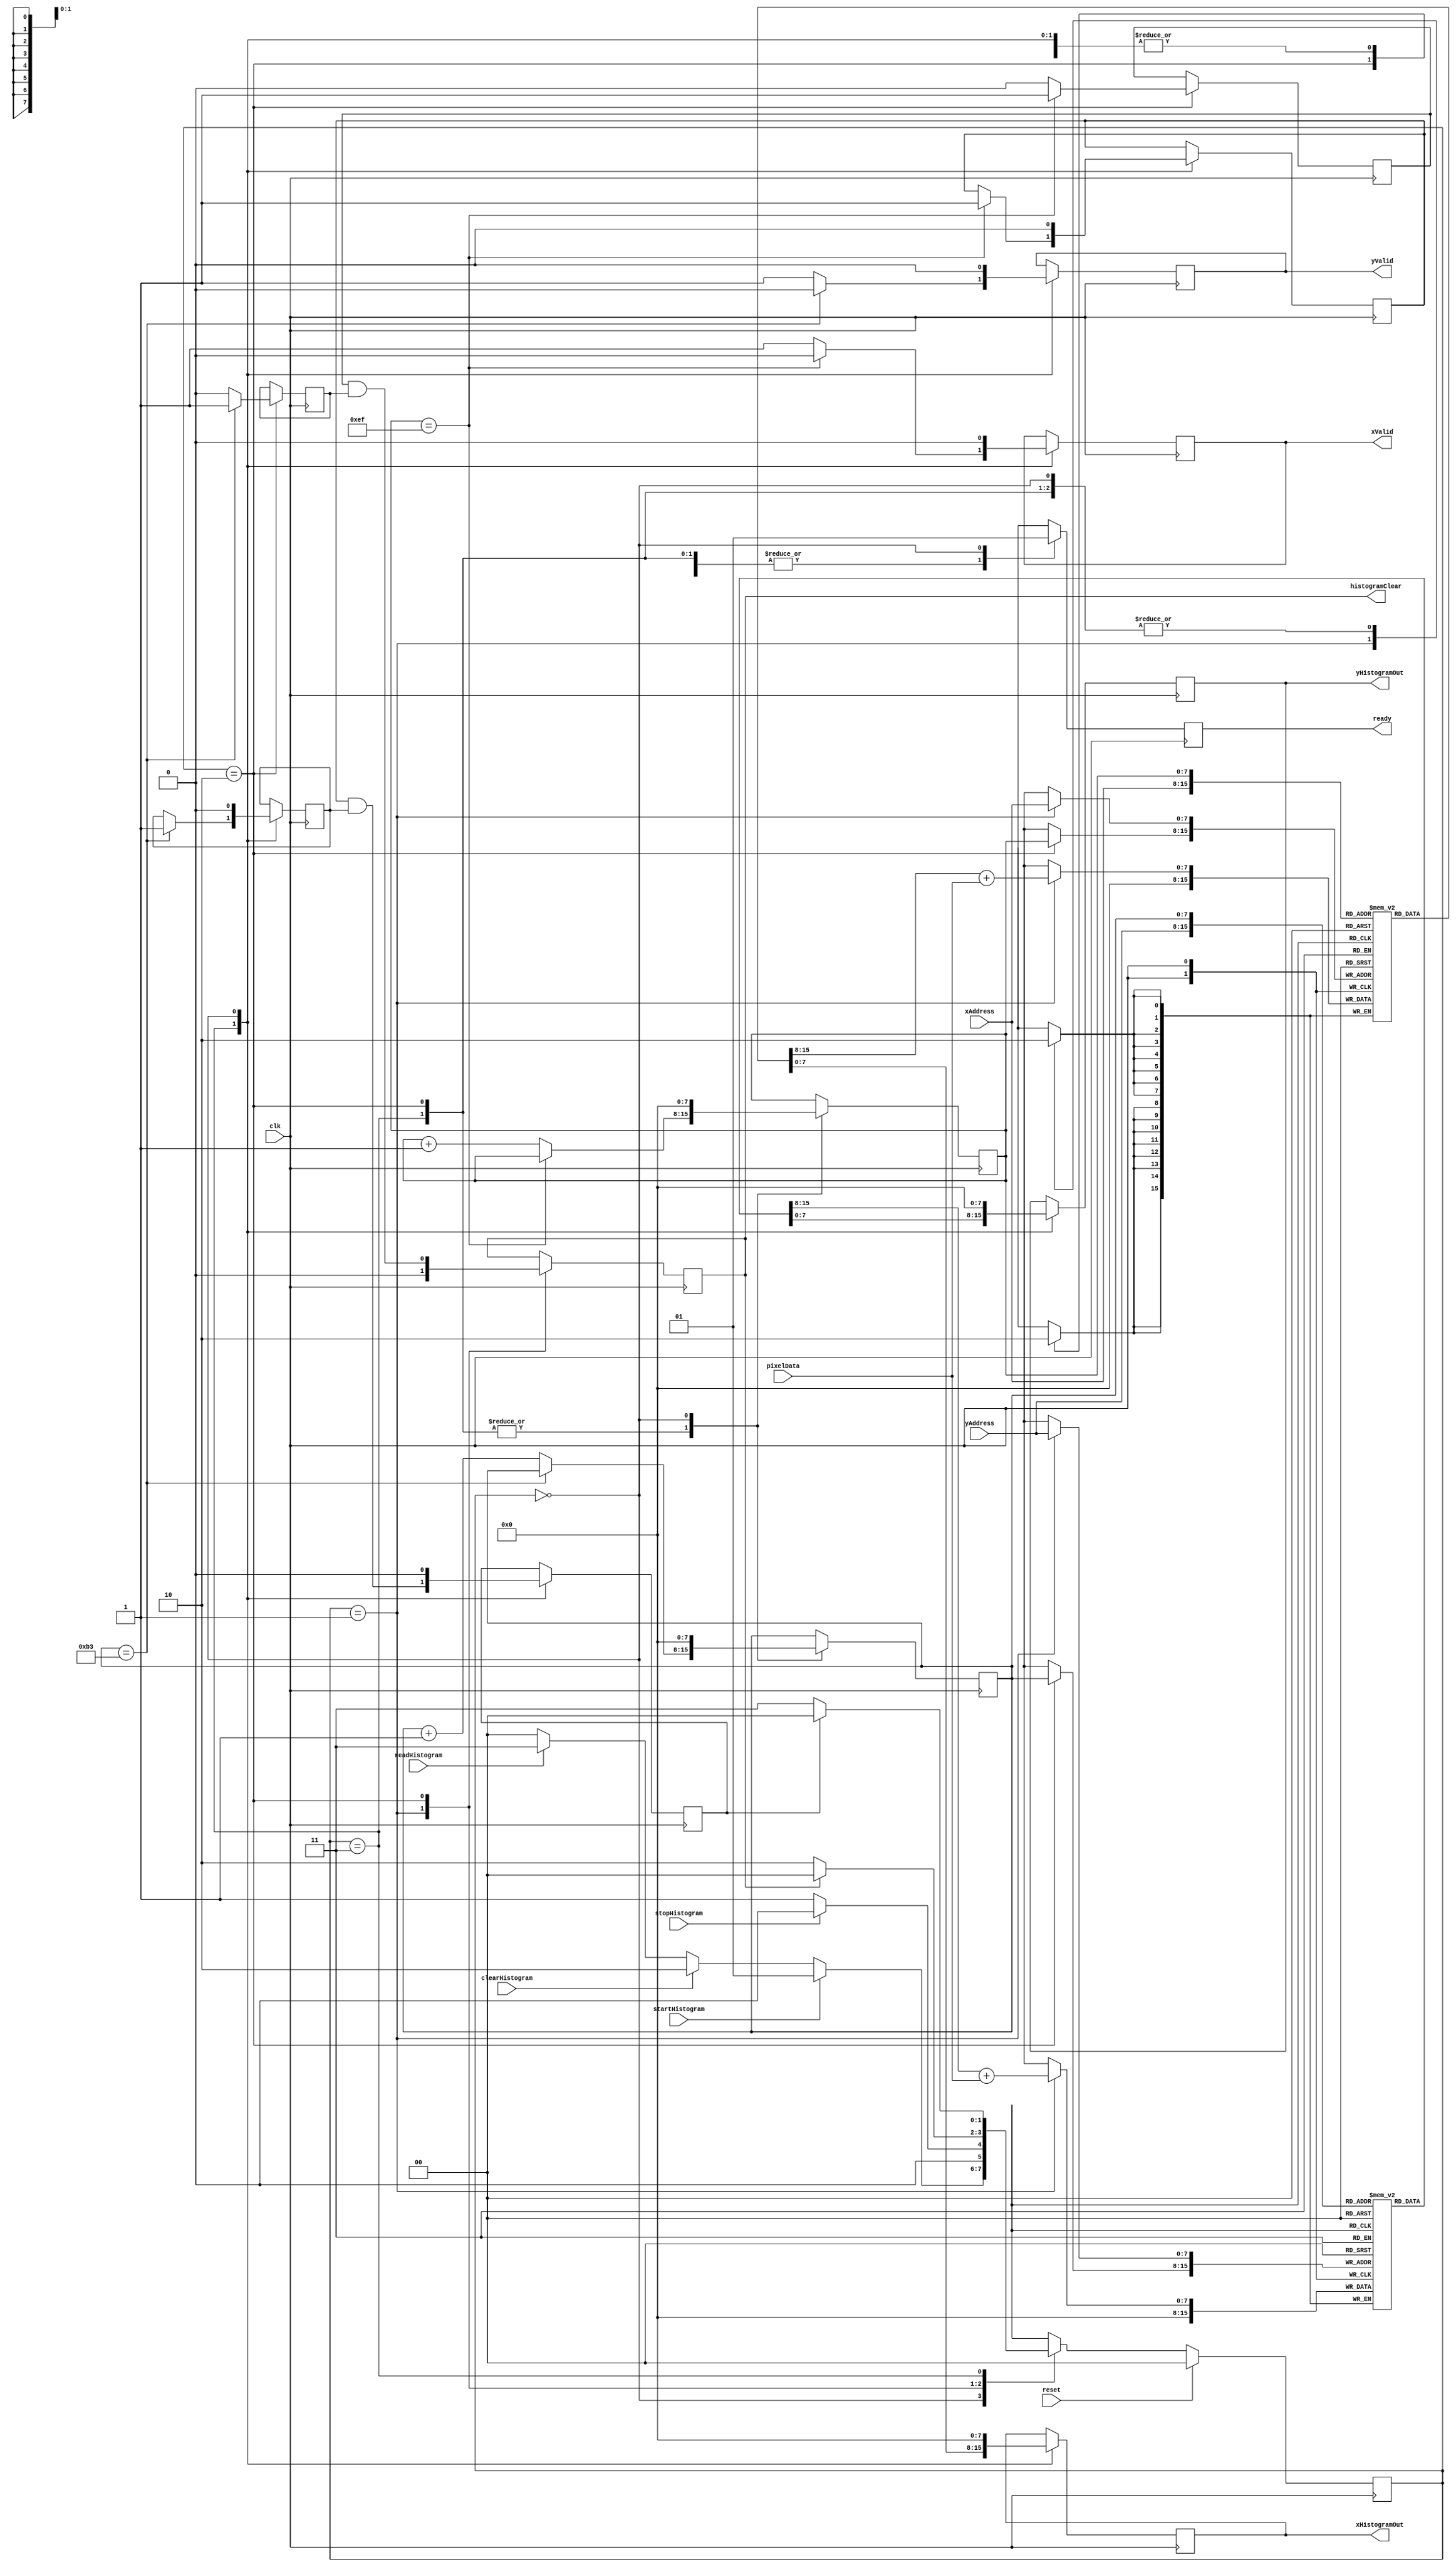
module computeHistogram #(parameter IMAGE_WIDTH = 240, parameter IMAGE_HEIGHT = 180) ( 
		input clk, 
		input reset, 
		input [7:0] xAddress, 
		input [7:0] yAddress, 
		input pixelData, 
		input startHistogram, 
		input readHistogram, 
		input clearHistogram,
		input stopHistogram,
		output reg [7:0] xHistogramOut, 
		output reg [7:0] yHistogramOut, 
		output reg xValid, 
		output reg yValid,
		output reg histogramClear,
		output ready
		);

// Register bank for histogram storage
reg [7:0] xHistogram[0:IMAGE_WIDTH-1];
reg [7:0] yHistogram[0:IMAGE_HEIGHT-1];

// Counters to read histogram
reg [7:0] xCounter;
reg [7:0] yCounter;

// Clear status
reg xClear;
reg yClear;

// Read Status
reg xDone;
reg yDone;
reg readDone;

// Compute status
reg ready;

// State registers
reg [1:0] state;
reg [1:0] nextState;

localparam IDLE = 2'b00, COMPUTE = 2'b01, CLEAR = 2'b10, READ = 2'b11;

integer i;
integer j;
initial begin
    for (i = 0; i < IMAGE_WIDTH; i = i + 1) begin
        xHistogram[i] = 0;
    end
    for (j = 0; j < IMAGE_HEIGHT; j = j + 1) begin
        yHistogram[j] = 0;
    end
end

always @ (posedge clk) begin
	if (reset) begin
		state <= IDLE;
	end
	else begin
		state <= nextState;
	end
end

//always @ (state or startHistogram or clearHistogram or readHistogram or stopHistogram or histogramClear or readDone) begin
always @ (*) begin
	case (state)
		IDLE: begin
			if (startHistogram) begin
				nextState <= COMPUTE;
			end
			else if (clearHistogram) begin
				nextState <= CLEAR;
			end
			else if (readHistogram) begin
				nextState <= READ;
			end
			else begin
				nextState <= IDLE;
			end
		end
		COMPUTE: begin
			if (stopHistogram) begin
				nextState <= IDLE;
			end
			else begin
				nextState <= COMPUTE;
			end
		end
		CLEAR: begin
			if (histogramClear) begin
				nextState <= IDLE;
			end
			else begin
				nextState <= CLEAR;
			end
		end
		READ: begin
			if (readDone) begin
				nextState <= IDLE;
			end
			else begin
				nextState <= READ;
			end
		end
	endcase
end

always @ (posedge clk) begin
	case (state)
		COMPUTE: begin
		    // Accumulate incoming pixel values for the corresponding addresses
			xHistogram[xAddress] <= xHistogram[xAddress] + pixelData;
			yHistogram[yAddress] <= yHistogram[yAddress] + pixelData;
			histogramClear <= 0;
			ready <= 0;
		end
		READ: begin
			// Start a counter for x histogram values
			if (xCounter == IMAGE_WIDTH - 1) begin
				xCounter <= xCounter;
                xValid <= 0;
				xDone <= 1;
			end
			else begin
                xCounter <= xCounter + 1;
                xValid <= 1;
				xDone <= xDone;
			end
			// Start a counter for y histogram values
			if (yCounter == IMAGE_HEIGHT - 1) begin
                yCounter <= yCounter;
                yValid <= 0;
				yDone <= 1;
			end
			else begin
                yCounter <= yCounter + 1;
                yValid <= 1;
				yDone <= yDone;
			end
			ready <= 0;
			readDone <= xDone && yDone;
			yHistogramOut <= yHistogram[yCounter];
			xHistogramOut <= xHistogram[xCounter];
		end
		CLEAR: begin
			if (xCounter == IMAGE_WIDTH - 1) begin
				xCounter <= xCounter;
				xClear <= 1;
			end
			else begin
            xCounter <= xCounter + 1;
				xClear <= 0;
			end
			if (yCounter == IMAGE_HEIGHT - 1) begin
            yCounter <= yCounter;
				yClear <= 1;
			end
			else begin
            yCounter <= yCounter + 1;
				yClear <= 0;
			end
			ready <= 0;
			histogramClear <= xClear && yClear;
			yHistogram[yCounter] <= 0;
			xHistogram[xCounter] <= 0;
		end
		IDLE: begin
			xCounter <= 0;
			yCounter <= 0;
			xDone <= 0;
			yDone <= 0;
			histogramClear <= histogramClear;
			readDone <= 0;
			ready <= 1;
			xHistogramOut <= 0;
			yHistogramOut <= 0;
			xValid <= 0;
			yValid <= 0;
		end
	endcase
end

endmodule